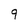
Character: 9